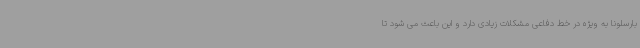
بارسلونا به ویژه در خط دفاعی مشکلات زیادی دارد و این باعث می شود تا